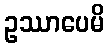
ဥဿာပေမိ